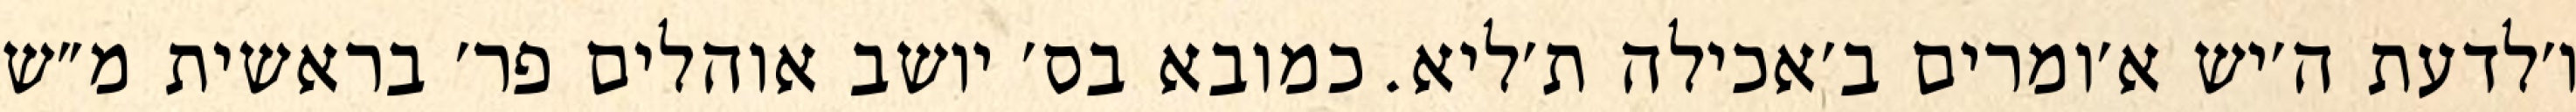
ו׳לדעת ה׳יש א׳ומרים ב׳אכילה ת׳ליא. כמובא בס׳ יושב אוהלים פר׳ בראשית מ״ש